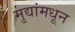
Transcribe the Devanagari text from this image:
मुद्यांमधून